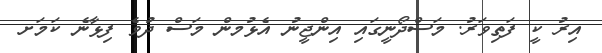
އިރު ކީ ފަތިވަރު. މަސްދޯނީގައި އިންޖީނު އެޅުމން މަސް ދުވެ ފިޅާނެ ކަމަށ